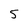
Character: 5